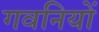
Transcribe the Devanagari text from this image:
गवनियों